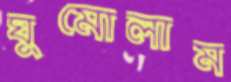
ঘুমোলাম